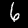
Digit: 6